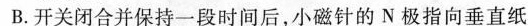
B.开关闭合并保持一段时间后，小磁针的N极指向垂直纸